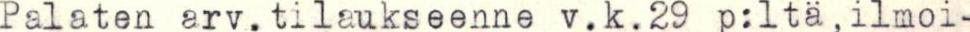
Palaten arv.tilaukseenne v.k.29 p:ltä,ilmoi-